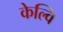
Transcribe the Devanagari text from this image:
केल्वि